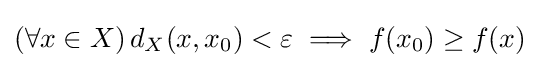
(\forall x\in X)\,d_{X}(x,x_{0})<\varepsilon \implies f(x_{0})\geq f(x)